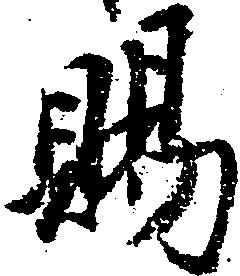
賜